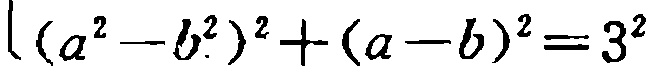
\((a^{2}-b^{2})^{2}+(a - b)^{2}=3^{2}\)